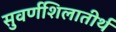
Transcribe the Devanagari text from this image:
सुवर्णशिलातीर्थ